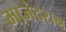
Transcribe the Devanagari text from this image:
माजंदरान